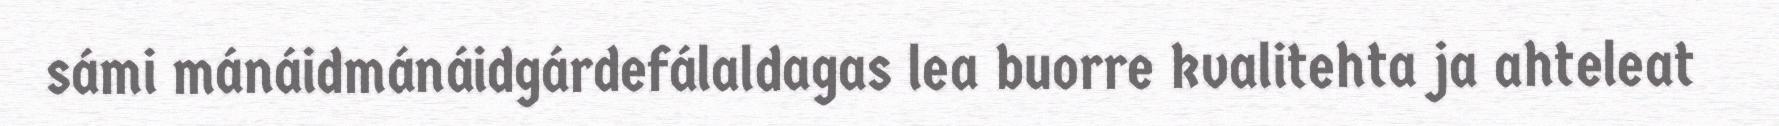
sámi mánáidmánáidgárdefálaldagas lea buorre kvalitehta ja ahteleat